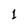
Character: 1